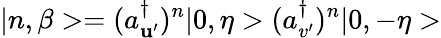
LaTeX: |n,\beta>=(a_{\mathbf{u}^{\prime}}^{\dagger})^{n}|0,\eta>(a_{v^{\prime}}^{\dagger})^{n}|0,-\eta>